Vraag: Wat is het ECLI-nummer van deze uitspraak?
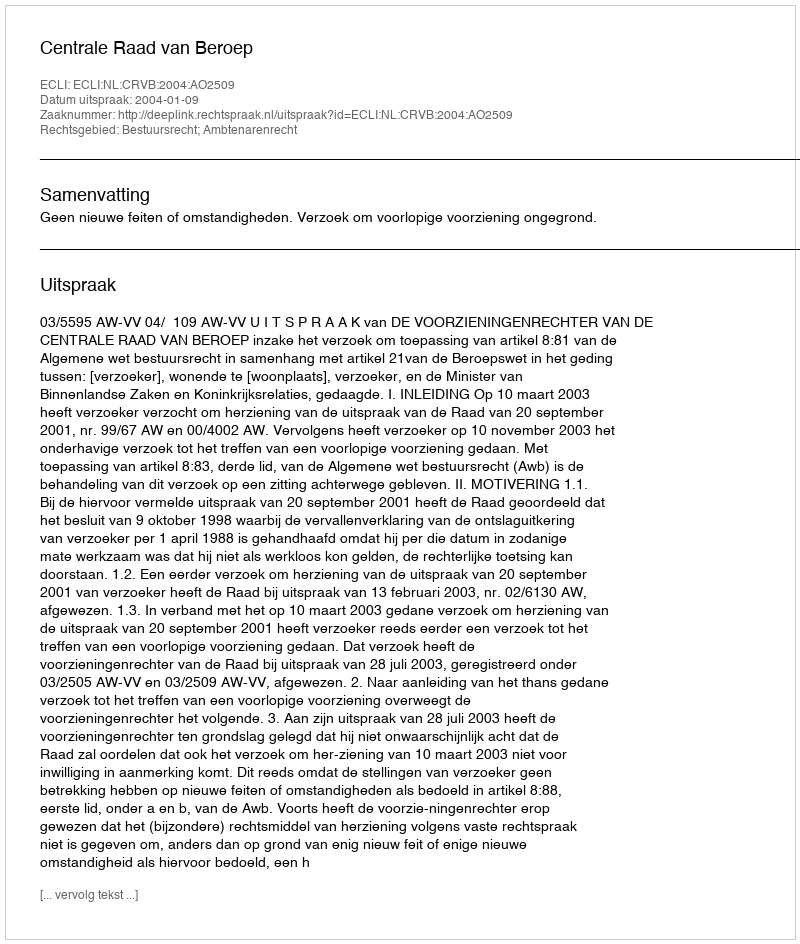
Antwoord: ECLI:NL:CRVB:2004:AO2509